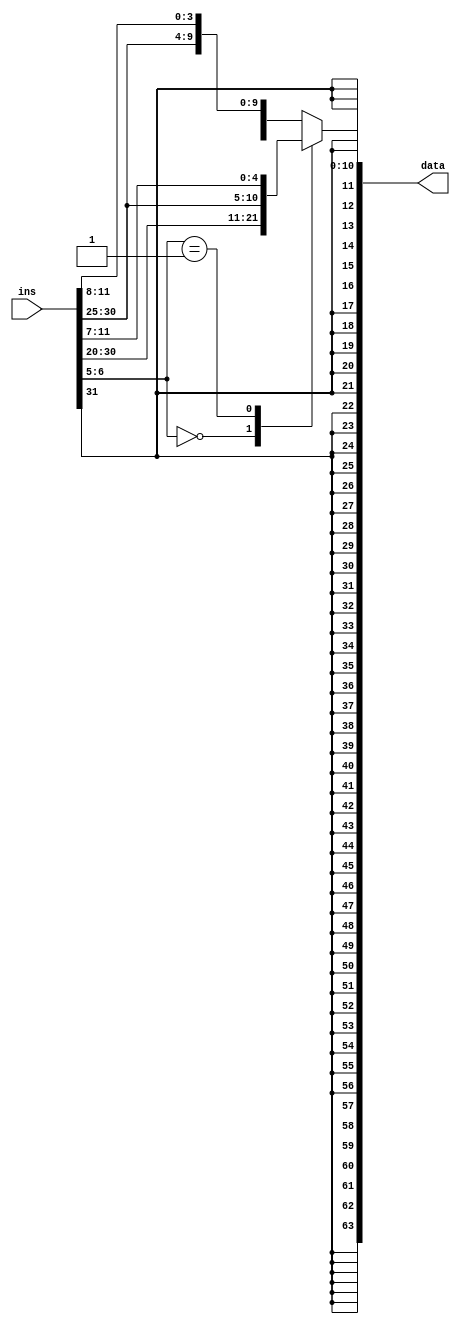
module ImmGen(
input [31:0] ins,
output reg [63:0] data
);
always @(*)
begin
case (ins[6:5])

	2'b00 : data = {{52{ins[31]}},ins[31:20]};
	
	2'b01 : data = {{52{ins[31]}},{ins[31:25],ins[11:7]}};
	
	default : data = {{52{ins[31]}},{ins[31],ins[7],ins[30:25],ins[11:8]}};
	
	
	
endcase	

end

endmodule